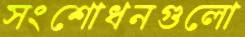
সংশোধনগুলো